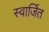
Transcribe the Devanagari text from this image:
स्वार्जित